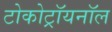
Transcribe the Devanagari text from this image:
टोकोट्रॉयनॉल